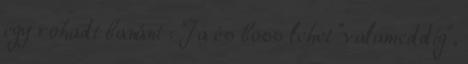
egy rohadt banánt : Ja és boss lehet "valameddig",